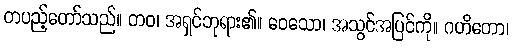
တပည့်တော်သည်။ တဝ၊ အရှင်ဘုရား၏။ ဝေသော၊ အသွင်အပြင်ကို။ ဂဟိတော၊